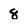
Character: 8